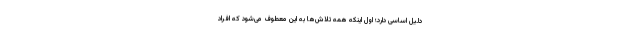
دلیل اساسی دارد؛ اول اینکه همه تلاش‌ها به این معطوف می‌شود که افراد